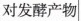
对发酵产物